Civil Veterinary Department. Central Provinces & Berar 1932-41 - 1932-1941
Year: 1932
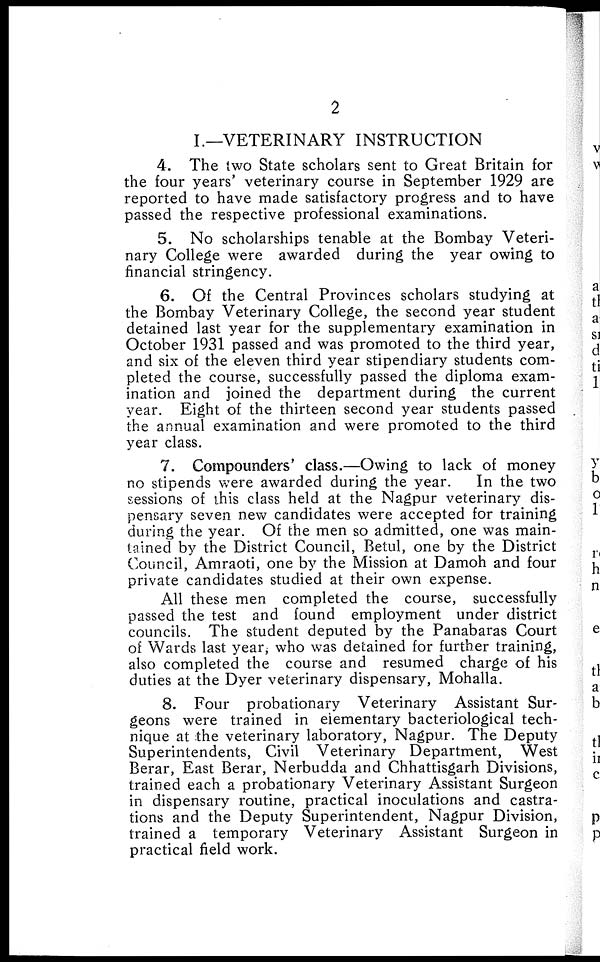
2
I.—VETERINARY INSTRUCTION
4. The two State scholars sent to Great Britain for
the four years' veterinary course in September 1929 are
reported to have made satisfactory progress and to have
passed the respective professional examinations.
5. No scholarships tenable at the Bombay Veteri-
nary College were awarded during the year owing to
financial stringency.
6. Of the Central Provinces scholars studying at
the Bombay Veterinary College, the second year student
detained last year for the supplementary examination in
October 1931 passed and was promoted to the third year,
and six of the eleven third year stipendiary students com-
pleted the course, successfully passed the diploma exam-
ination and joined the department during the current
year. Eight of the thirteen second year students passed
the annual examination and were promoted to the third
year class.
7. Compounders' class.—Owing to lack of money
no stipends were awarded during the year.
In the two
sessions of this class held at the Nagpur veterinary dis-
pensary seven new candidates were accepted for training
during the year. Of the men so admitted, one was main-
tained by the District Council, Betul, one by the District
Council, Amraoti, one by the Mission at Damoh and four
private candidates studied at their own expense.
All these men completed the course, successfully
passed the test and found employment under district
councils. The student deputed by the Panabaras Court
of Wards last year, who was detained for further training,
also completed the course and resumed charge of his
duties at the Dyer veterinary dispensary, Mohalla.
8. Four probationary Veterinary Assistant Sur-
geons were trained in elementary bacteriological tech-
nique at the veterinary laboratory, Nagpur. The Deputy
Superintendents, Civil Veterinary Department, West
Berar, East Berar, Nerbudda and Chhattisgarh Divisions,
trained each a probationary Veterinary Assistant Surgeon
in dispensary routine, practical inoculations and castra-
tions and the Deputy Superintendent, Nagpur Division,
trained a temporary Veterinary Assistant Surgeon in
practical field work.